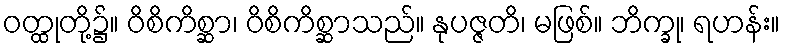
ဝတ္ထုတို့၌။ ဝိစိကိစ္ဆာ၊ ဝိစိကိစ္ဆာသည်။ နုပဇ္ဇတိ၊ မဖြစ်။ ဘိက္ခု၊ ရဟန်း။